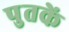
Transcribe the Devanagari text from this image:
पुतकें